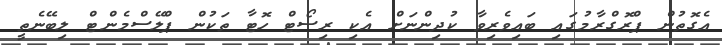
އެގޮތުން ޕްރޮގްރާމުގައި ބައިވެރިވާ ކުދިންނަށް އެކި ރިސޯޓް ހޮޓާ ތަކުން ޕްލޭސްމެންޓް ލިބޭނެތީ